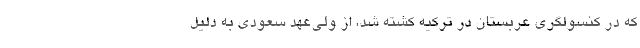
که در کنسولگری عربستان در ترکیه کشته شد، از ولی‌عهد سعودی به دلیل